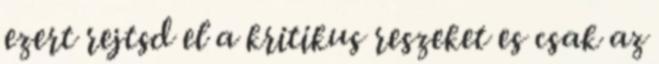
ezert rejtsd el a kritikus reszeket es csak az